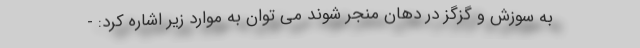
به سوزش و گزگز در دهان منجر شوند می توان به موارد زیر اشاره کرد: -